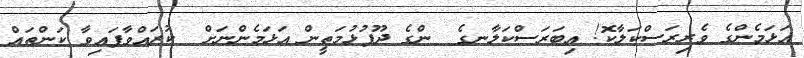
އަޅަމެންގެ ވެރިރަސްކަލާކޮ! އިބަރަސްކަލާނގެ  ންގެ ދޫފުޅުމަތީން އަޅަމެންނަށް  ކުރައްވާފައިވާ ކަންތައް